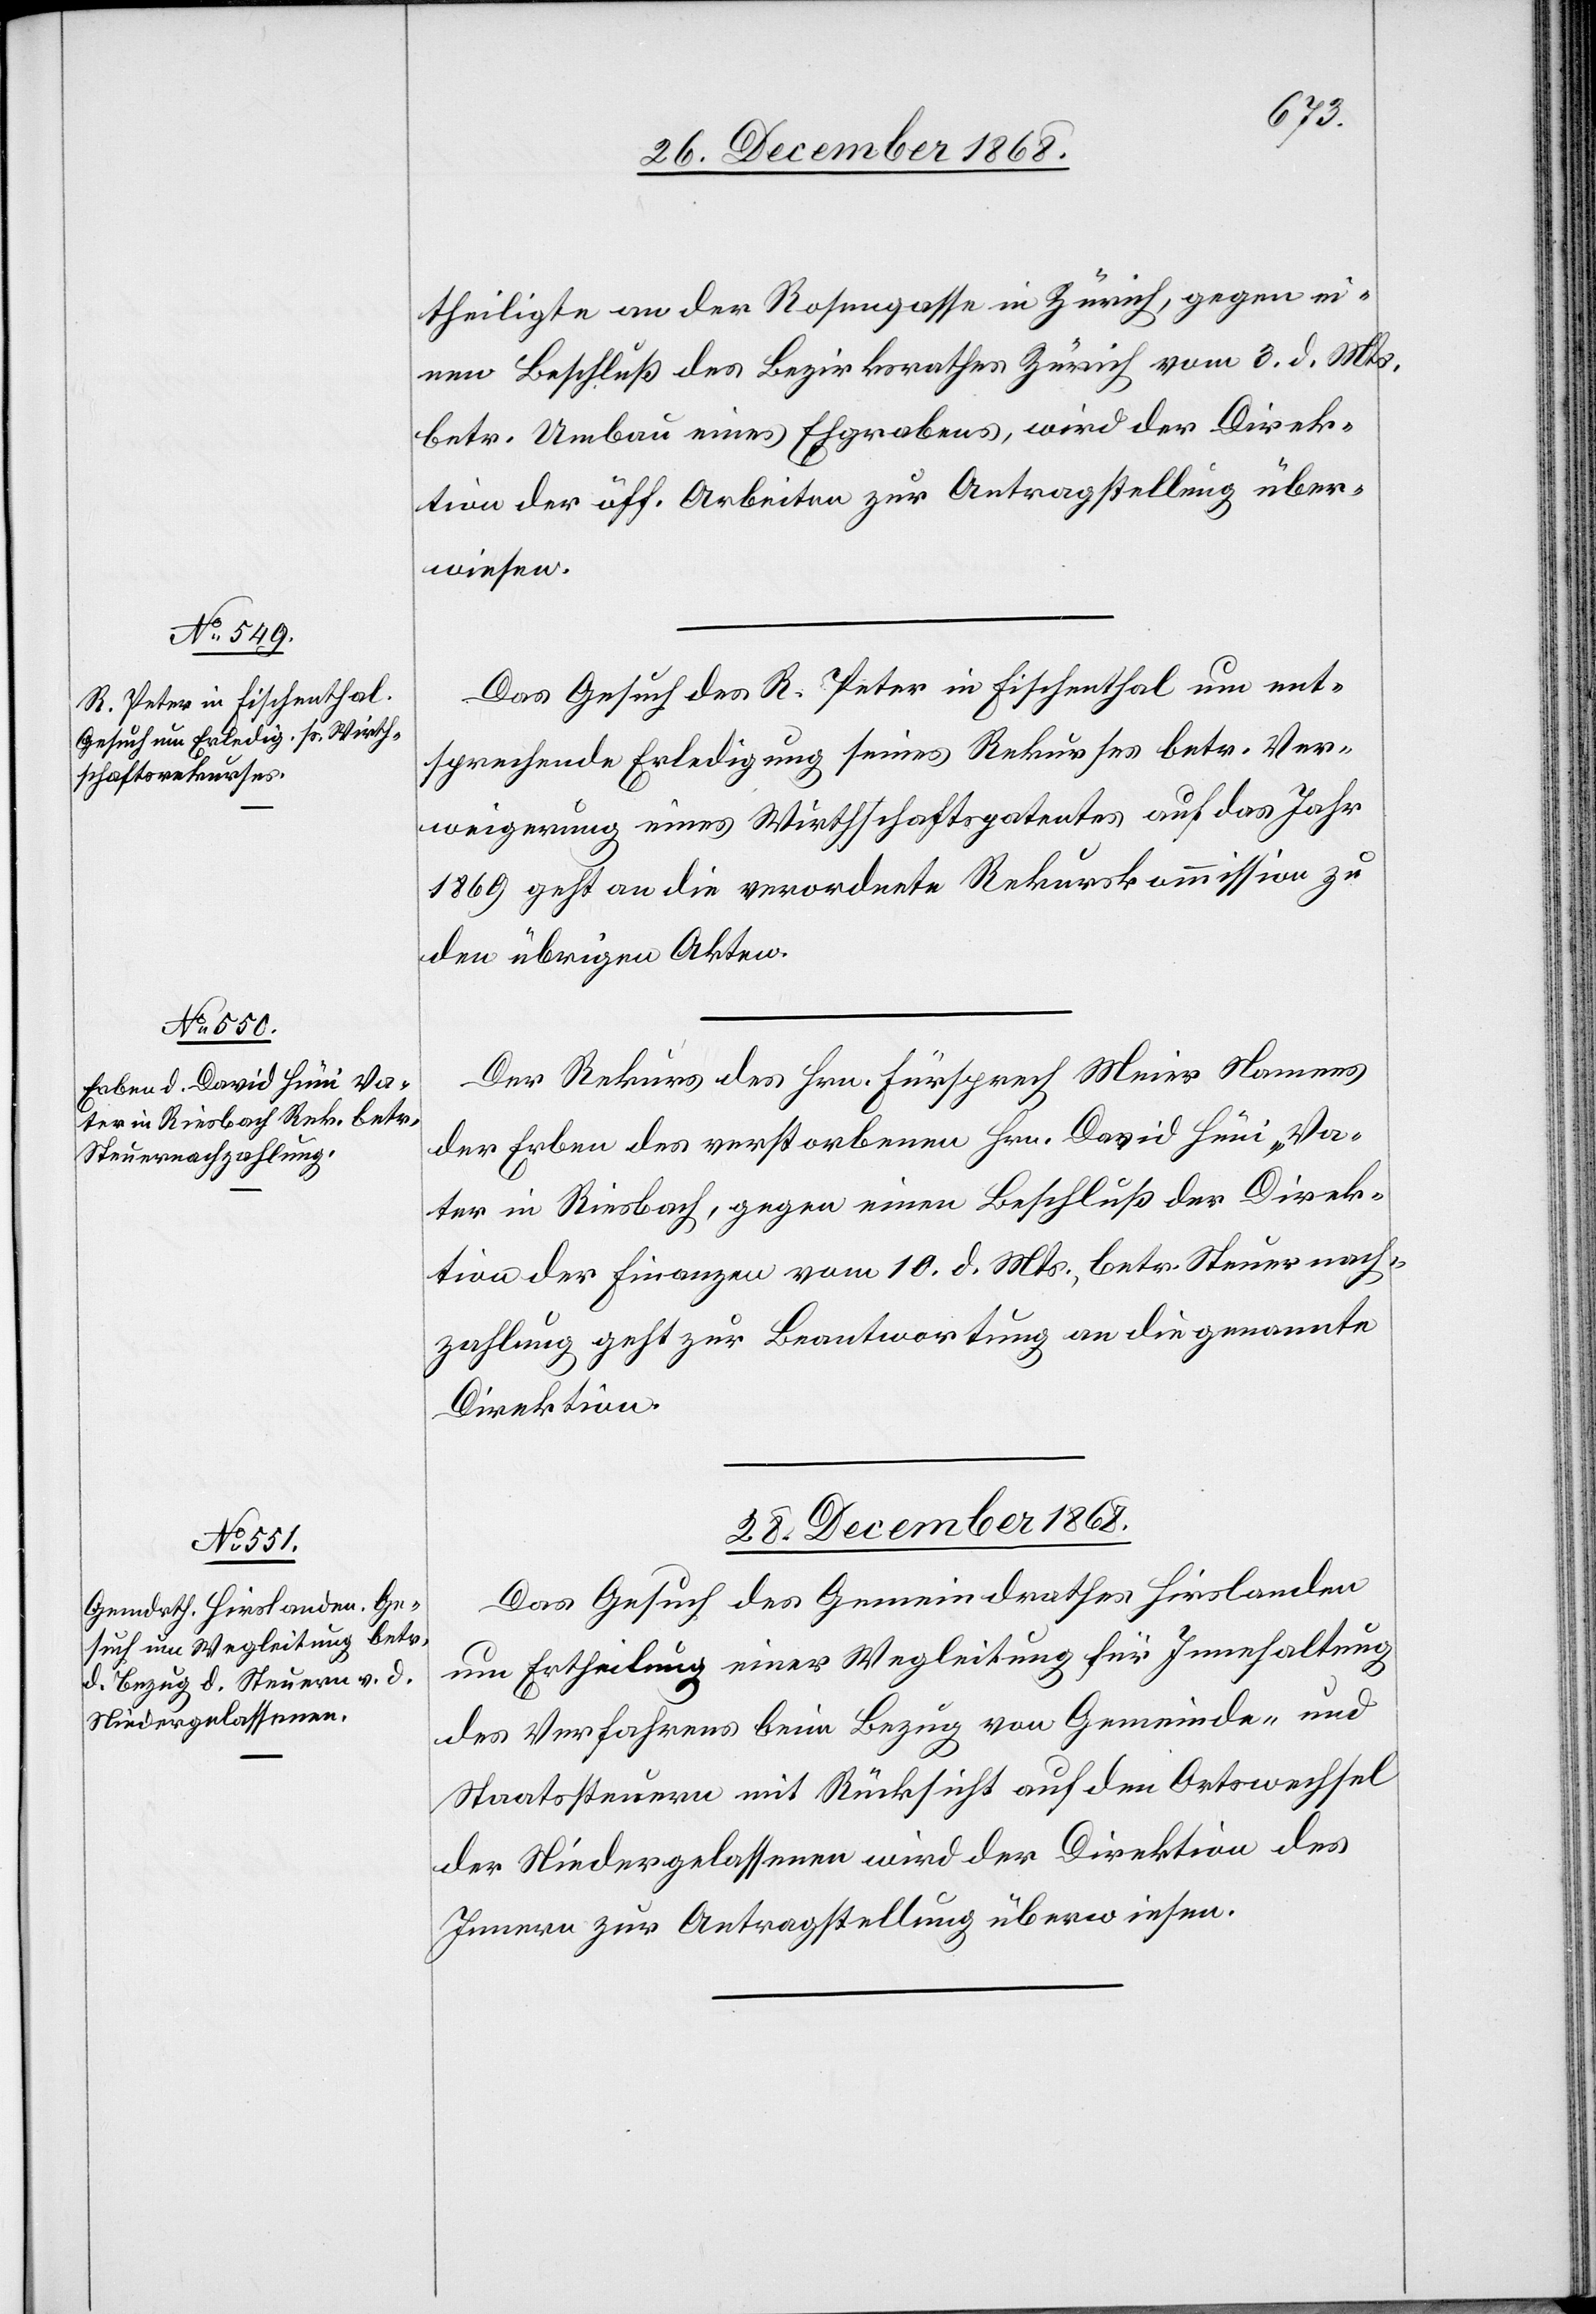
theiligte an der Rosengasse in Zürich, gegen ei¬
nen Beschluß des Bezirksrathes Zürich vom 3. d. Mts.
betr. Umbau eines Ehgrabens, wird der Direk¬
tion der öff. Arbeiten zur Antragstellung über¬
wiesen.
Das Gesuch des R. Peter in Fischenthal um ent¬
sprechende Erledigung seines Rekurses betr. Ver¬
weigerung eines Wirthschaftspatentes auf das Jahr
1869 geht an die verordnete Rekurskommission zu
den übrigen Akten.
Der Rekurs des Hrn. Fürsprech Meier Namens
der Erben des verstorbenen Hrn. David Hüni, Va¬
ter in Riesbach, gegen einen Beschluß der Direk¬
tion der Finanzen vom 10. d. Mts., betr. Steuernach¬
zahlung geht zur Beantwortung an die genannte
Direktion.
28. December 1868.
Das Gesuch des Gemeindrathes Hirslanden
um Ertheilung einer Wegleitung für Innehaltung
des Verfahrens beim Bezug von Gemeinde- und
Staatssteuern mit Rücksicht auf den Ortswechsel
der Niedergelassenen wird der Direktion des
Innern zur Antragstellung überwiesen.